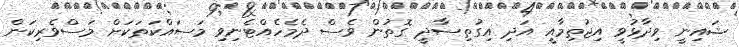
ޝައިނީ ވިދާޅުވީ އިޖުތިމާއީ އަދި އިގުތިސާދީ ގޮތުން ވެސް ދެމެހެއްޓެނިވި މަސައްކަތަކަށް މަސްވެރިކަން